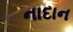
નાદાન